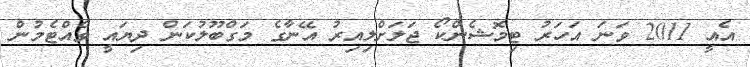
އެއީ 2011 ވަނަ އަހަރު ޓިމޮޝެންކޯ ޖަލަށްލިއިރު އޭނާގެ މަގްބޫލުކަން ދިޔައީ ވެއްޓެމުން